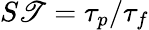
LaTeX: S\mathscr{T}=\tau_{p}/\tau_{f}